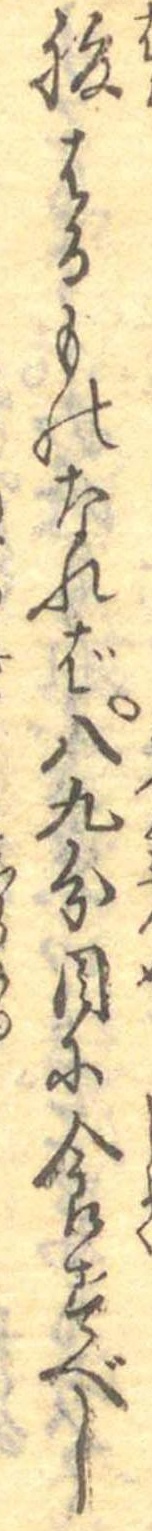
腹はるものなれば八九分目に食すべし